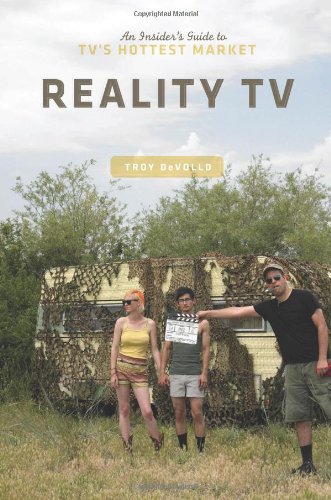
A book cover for Reality TV: An Insider's Guide to TV's Hottest Market; Troy Devolld; Humor & Entertainment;